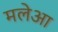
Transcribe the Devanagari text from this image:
मलेआ